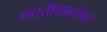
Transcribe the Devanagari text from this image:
भारतीयाबरोबर